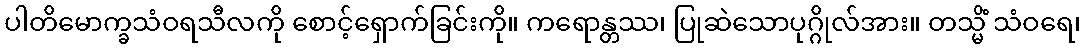
ပါတိမောက္ခသံဝရသီလကို စောင့်ရှောက်ခြင်းကို။ ကရောန္တဿ၊ ပြုဆဲသောပုဂ္ဂိုလ်အား။ တသ္မိံ သံဝရေ၊